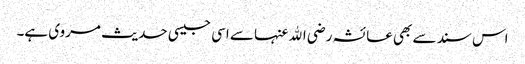
اس سند سے بھی عائشہ رضی الله عنہا سے اسی جیسی حدیث مروی ہے۔